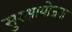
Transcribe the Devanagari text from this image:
सुरक्षायोजना